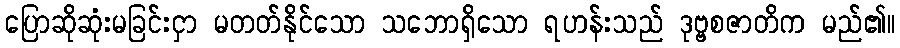
ပြောဆိုဆုံးမခြင်းငှာ မတတ်နိုင်သော သဘောရှိသော ရဟန်းသည် ဒုဗ္ဗစဇာတိက မည်၏။